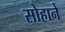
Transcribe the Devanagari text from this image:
सोहाने